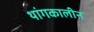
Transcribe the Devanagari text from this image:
थांगकालीन